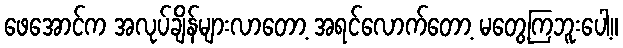
ဖေအောင်က အလုပ်ချိန်များလာတော့ အရင်လောက်တော့ မတွေ့ကြဘူးပေါ့။